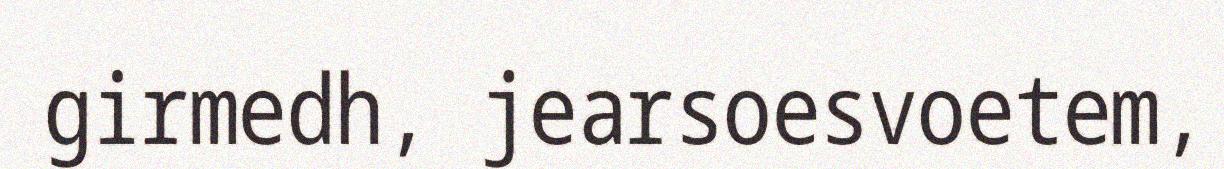
girmedh, jearsoesvoetem,